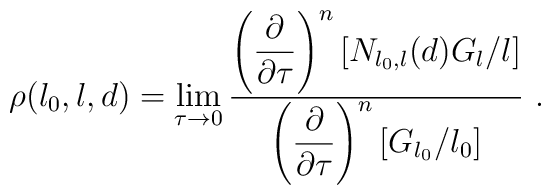
\rho(l_0,l,d) = \lim_{\tau\to 0}{\displaystyle{\left({\partial \over \partial \tau} \right)^n    \left[ N_{l_0,l}(d) G_l/l \right]} \over  \displaystyle{\left({\partial \over \partial \tau} \right)^n    \left[ G_{l_0}/l_0 \right]} }\ .